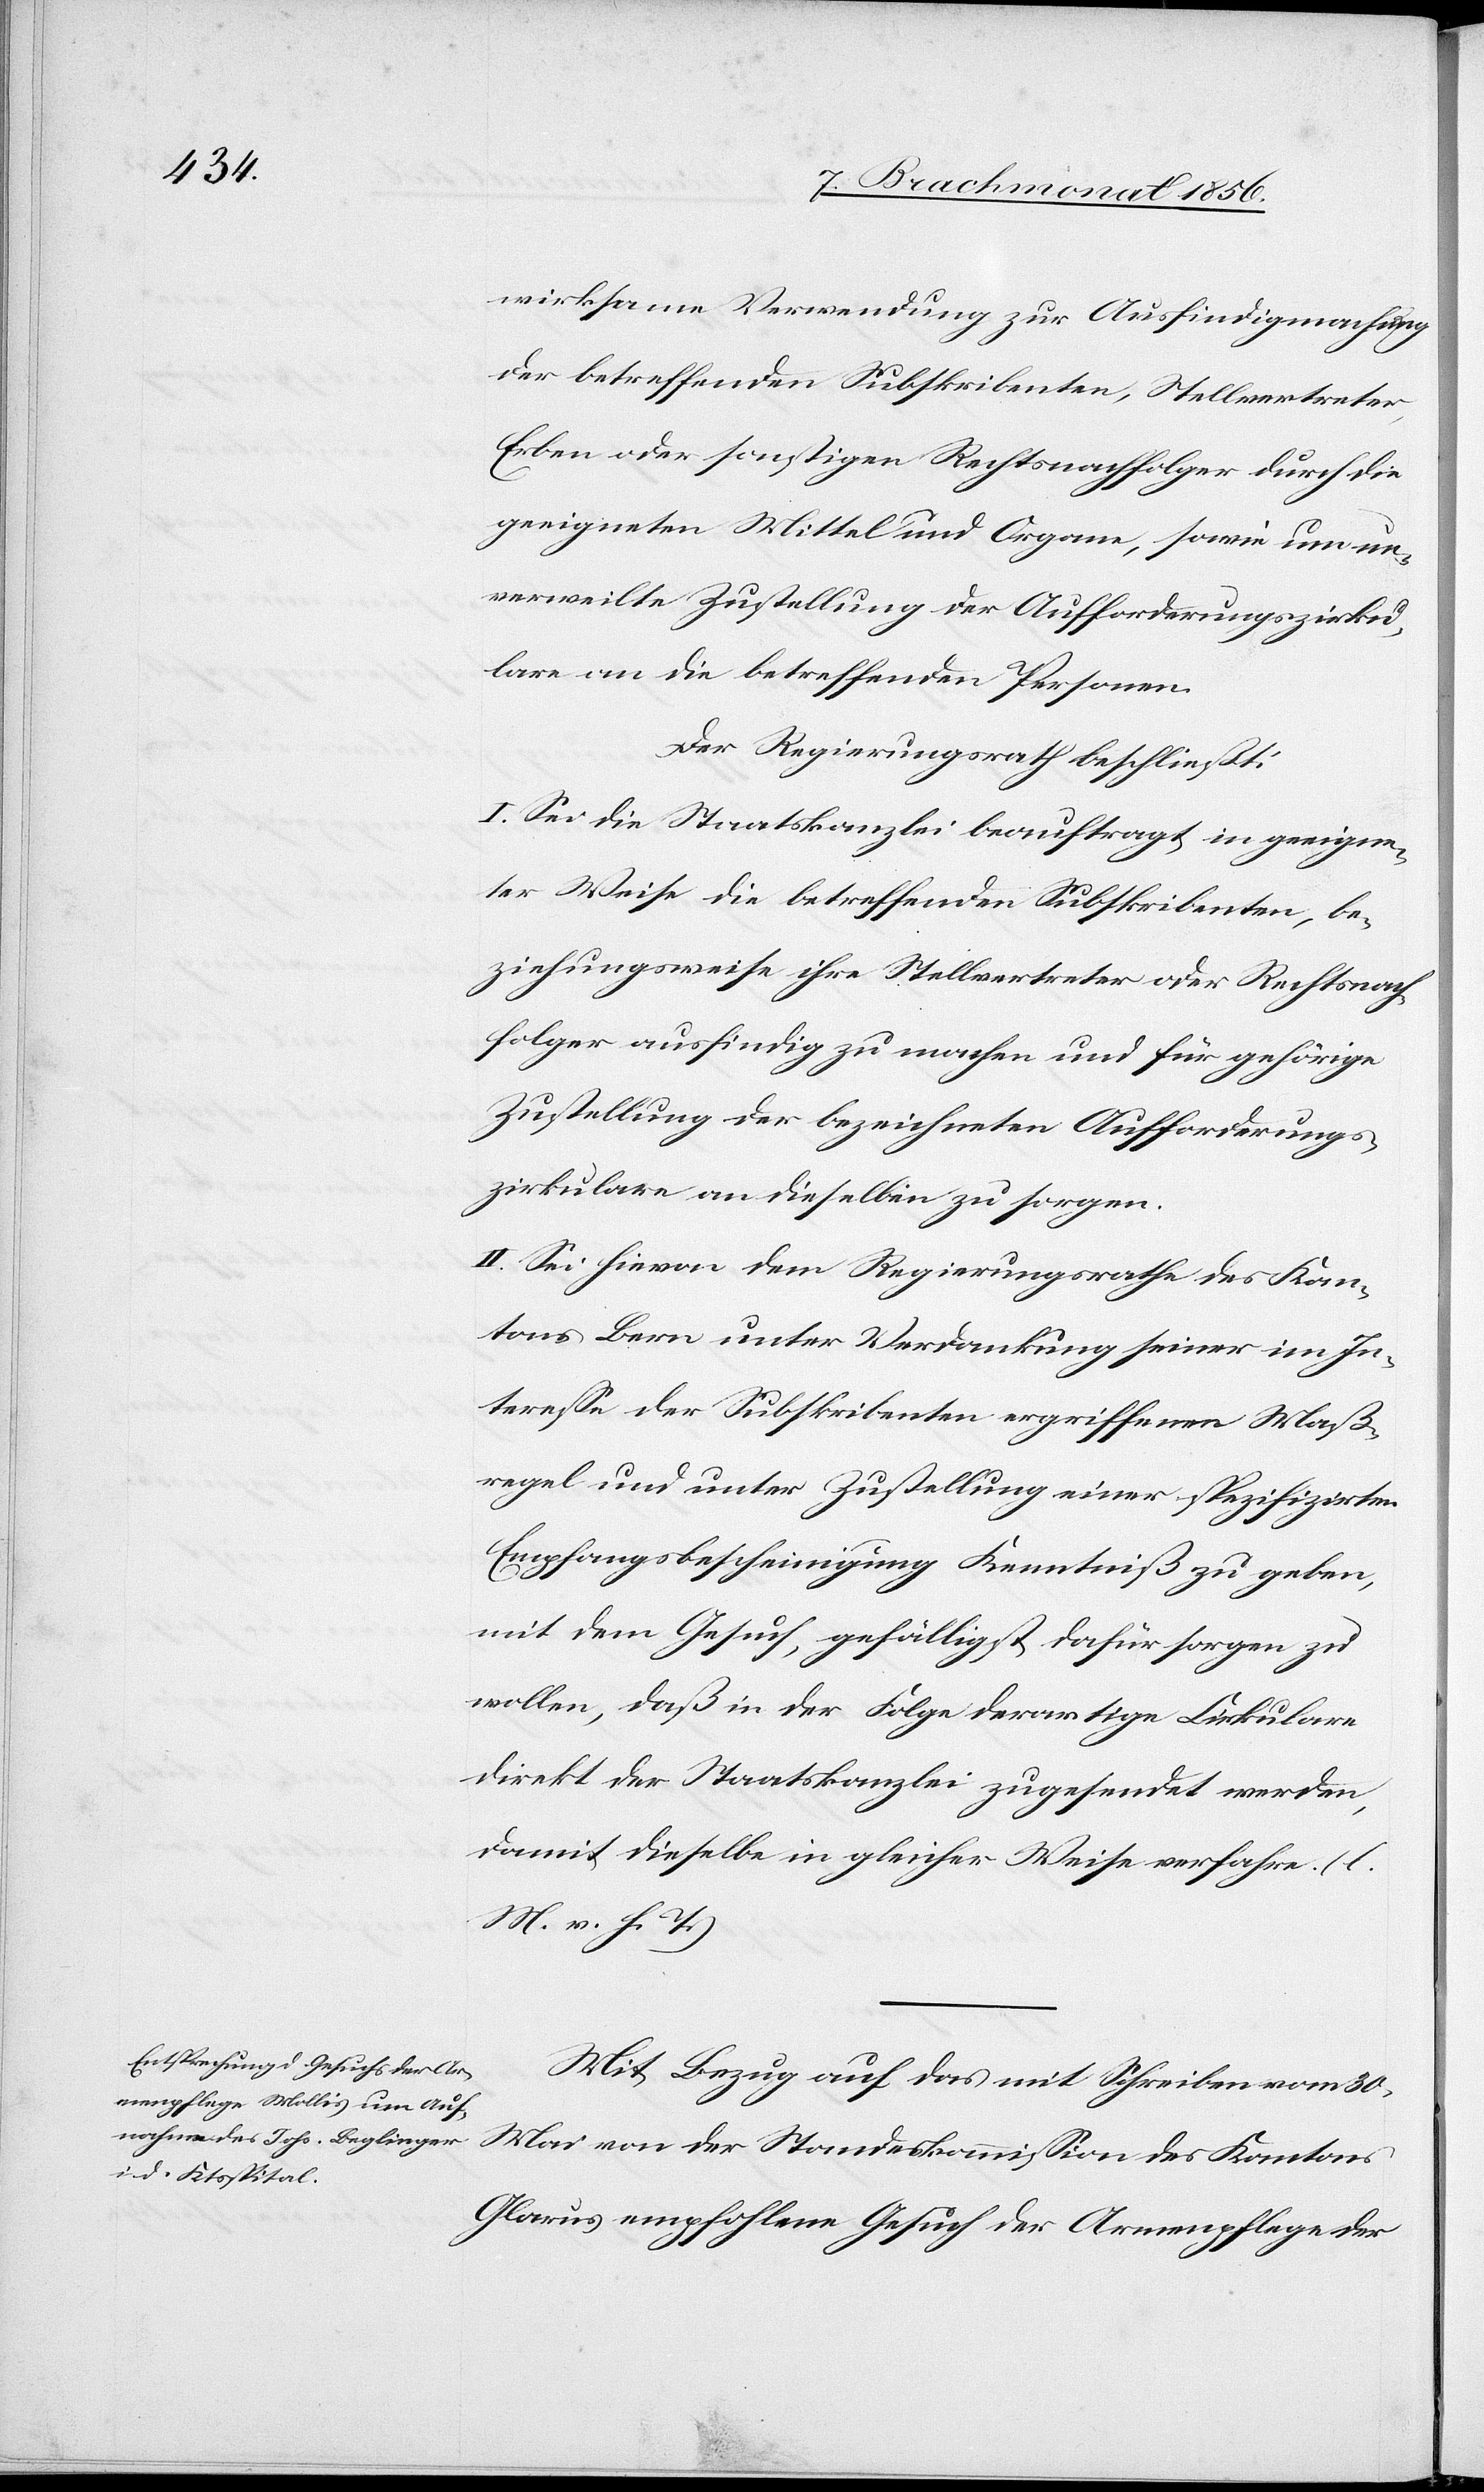
wirksame Verwendung zur Ausfindigmachung
der betreffenden Subskribenten, Stellvertreter,
Erben oder sonstigen Rechtsnachfolger durch die
geeigneten Mittel und Organe, sowie um un¬
verweilte Zustellung der Aufforderungszirku¬
lare an die betreffenden Personen.
Der Regierungsrath beschließt:
I. Sei die Staatskanzlei beauftragt, in geeigne¬
ter Weise die betreffenden Subskribenten, be¬
ziehungsweise ihre Stellvertreter oder Rechtsnach¬
folger ausfindig zu machen und für gehörige
Zustellung der bezeichneten Aufforderungs¬
zirkulare an dieselben zu sorgen.
II. Sei hievon dem Regierungsrathe des Kan¬
tons Bern unter Verdankung seiner im In¬
teresse der Subskribenten ergriffenen Maß¬
regel und unter Zustellung einer spezifizirten
Empfangsbescheinigung Kenntniß zu geben,
mit dem Gesuch, gefälligst dafür sorgen zu
wollen, daß in der Folge derartige Cirkulare
direkt der Staatskanzlei zugesendet werden,
damit dieselbe in gleicher Weise verfahre. (l.
M. v. h. T.)
Mit Bezug auf das mit Schreiben vom 30.
Mai von der Standeskommission des Kantons
Glarus empfohlene Gesuch der Armenpflege der